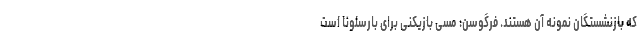
که بازنشستگان نمونه آن هستند. فرگوسن: مسی بازیکنی برای بارسلونا است